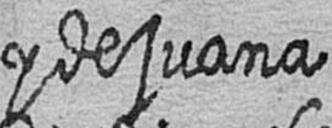
y de juana